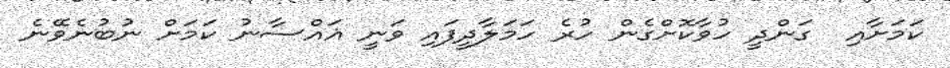
ކަމަށާއި  ގަންދީ ހުވާކޮށްގެން ހުރެ ހަމަލާދީފައި ވަނީ ޣައްސާނު ކަމަށް ނުބުނެވޭނެ